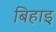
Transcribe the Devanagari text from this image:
बिहाइ